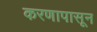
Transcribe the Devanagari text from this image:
करणापासून